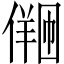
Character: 𪝩